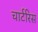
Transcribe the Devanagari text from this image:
चार्टरिस